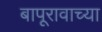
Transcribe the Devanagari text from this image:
बापूरावाच्या